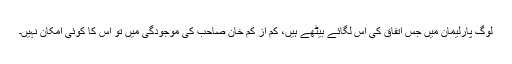
لوگ پارلیمان میں جس اتفاق کی آس لگائے بیٹھے ہیں، کم از کم خان صاحب کی موجودگی میں تو اس کا کوئی امکان نہیں۔